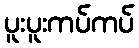
ပူးပူးကပ်ကပ်